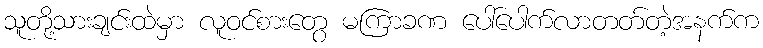
သူတို့သားချင်းထဲမှာ လူဝင်စားတွေ မကြာခဏ ပေါ်ပေါက်လာတတ်တဲ့အနက်က